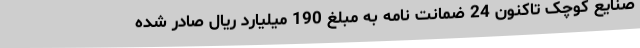
صنایع کوچک تاکنون 24 ضمانت نامه به مبلغ 190 میلیارد ریال صادر شده